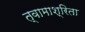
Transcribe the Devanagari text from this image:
त्वामाश्रिता